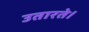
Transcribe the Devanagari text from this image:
उतारते।